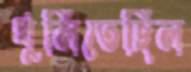
খুলিতেছিল